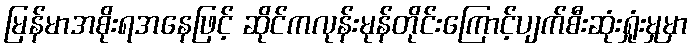
မြန်မာအစိုးရအနေဖြင့် ဆိုင်ကလုန်းမုန်တိုင်းကြောင့်ပျက်စီးဆုံးရှုံးမှုမှာ